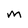
Character: m